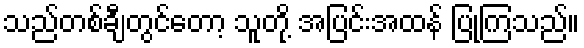
သည်တစ်ချီတွင်တော့ သူတို့ အပြင်းအထန် ပြုကြသည်။